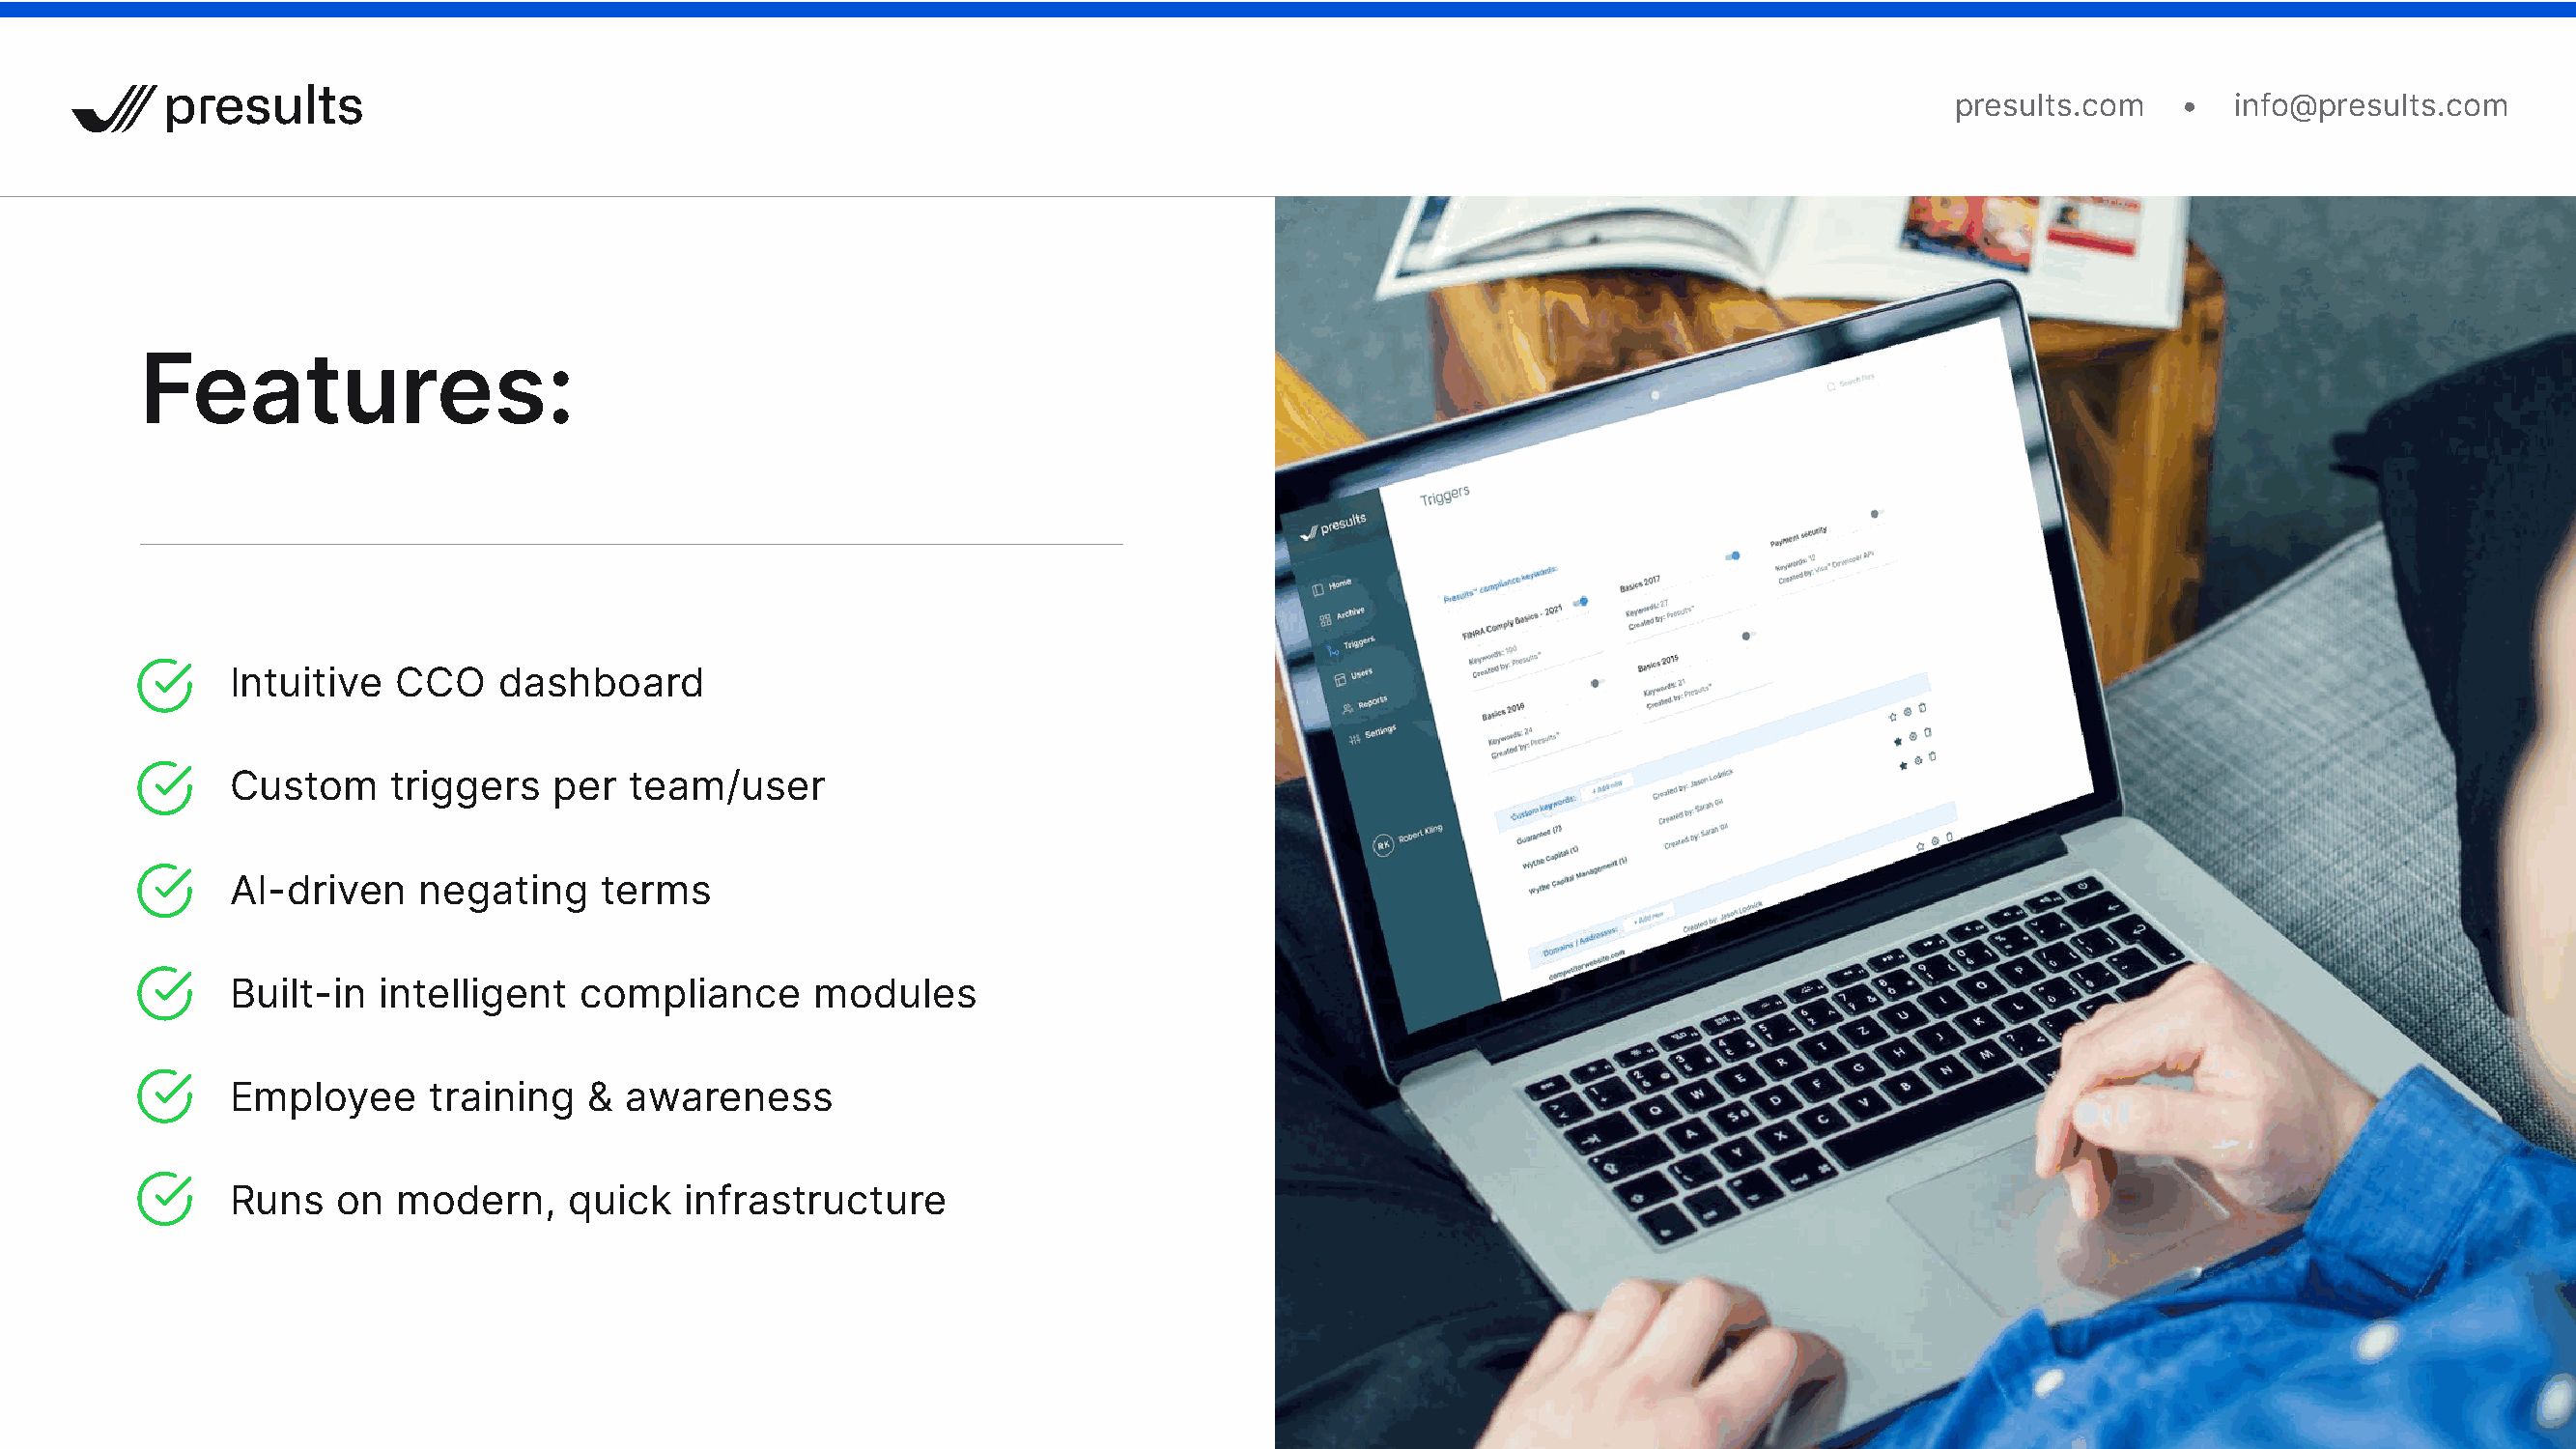
presults.com   •   info@presults.com
 Features:
 Intuitive  CCO    dashboard
 Custom     triggers   per  team/user
 AI-driven    negating    terms
 Built-in  intelligent   compliance      modules
 Employee     training   &  awareness
 Runs   on  modern,     quick   infrastructure